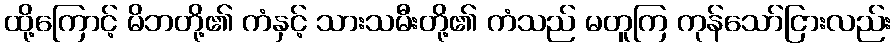
ထို့ကြောင့် မိဘတို့၏ ကံနှင့် သားသမီးတို့၏ ကံသည် မတူကြ ကုန်သော်ငြားလည်း